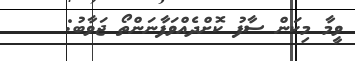
ވީމާ މިކަން ސާފު ކޮށްދެއްވަފާނަންތޯ ޖަވާބު: